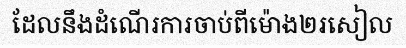
ដែលនឹងដំណើរការចាប់ពីម៉ោង២រសៀល